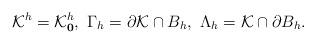
LaTeX: \begin{align*} \mathcal K^h=\mathcal K_{\mathbf 0}^h,\ \Gamma_h=\partial \mathcal K\cap B_h, \ \Lambda _h=\mathcal K\cap \partial B_h. \end{align*}